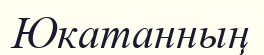
Юкатанның